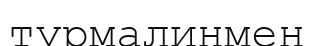
турмалинмен